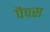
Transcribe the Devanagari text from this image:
पैपस